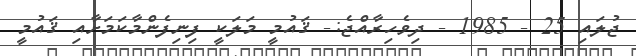
ޖުލައި 25 - 1985 - ދިވެހިރާއްޖެ:- ޤައުމީ މަލަކީ ފިނިފެންމާކަމަށާއި ޤައުމީ